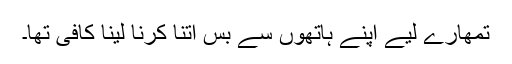
تمھارے لیے اپنے ہاتھوں سے بس اتنا کرنا لینا کافی تھا۔